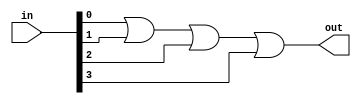
module or_gate(input [3:0] in, output out);

assign out = in[0] | in[1] | in[2] | in[3];

endmodule